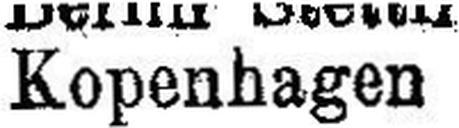
Kopenhagen